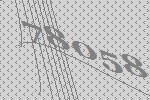
78058